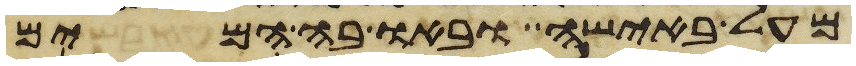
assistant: מעל באישה ובאו בה המים